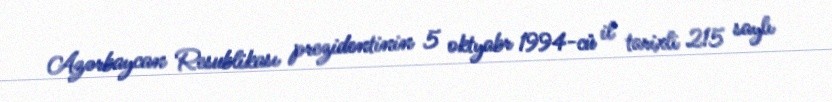
Azərbaycan Resublikası prezidentinin 5 oktyabr 1994-cü il tarixli 215 saylı